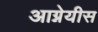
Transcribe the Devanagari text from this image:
आग्नेयीस